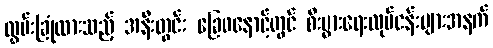
လွှမ်းခြုံထားသည့် အနီးတွင်း ခြေဖနောင့်တွင် စီးပွားရေးလုပ်ငန်းများအနက်